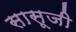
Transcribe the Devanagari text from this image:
सासूजी